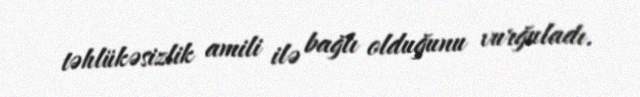
təhlükəsizlik amili ilə bağlı olduğunu vurğuladı.